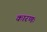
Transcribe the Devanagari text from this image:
कारणः